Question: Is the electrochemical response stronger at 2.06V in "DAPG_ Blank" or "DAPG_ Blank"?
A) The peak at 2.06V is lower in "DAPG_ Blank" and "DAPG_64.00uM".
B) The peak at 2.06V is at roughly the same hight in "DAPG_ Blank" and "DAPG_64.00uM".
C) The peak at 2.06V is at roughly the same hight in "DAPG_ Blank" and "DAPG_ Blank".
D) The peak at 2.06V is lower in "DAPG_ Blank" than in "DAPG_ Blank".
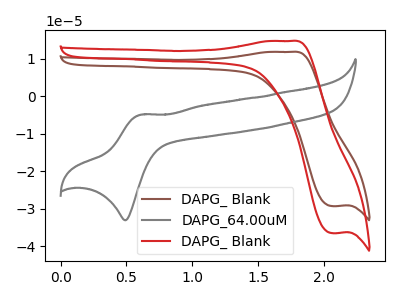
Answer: <think>The brown curve "DAPG_ Blank" has an anodic peak at (1.75V, 11.85uA) and a cathodic peak at (2.05V, -29.35uA). The gray curve "DAPG_64.00uM" has an anodic peak at (0.60V, -4.90uA) and a cathodic peak at (0.50V, -33.10uA). The red curve "DAPG_ Blank" has an anodic peak at (1.75V, 14.75uA) and a cathodic peak at (2.05V, -36.55uA).</think>
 <answer>D) The peak at 2.06V is lower in "DAPG_ Blank" than in "DAPG_ Blank".</answer>
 <eval>D</eval>